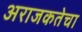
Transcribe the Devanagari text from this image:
अराजकतेचा